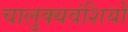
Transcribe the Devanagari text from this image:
चालुक्यवंशियों